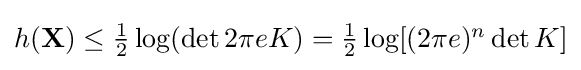
{\textstyle h(\mathbf {X} )\leq {\frac {1}{2}}\log(\det {2\pi eK})={\frac {1}{2}}\log[(2\pi e)^{n}\det {K}]}